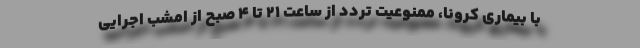
با بیماری کرونا، ممنوعیت تردد از ساعت ۲۱ تا ۴ صبح از امشب اجرایی